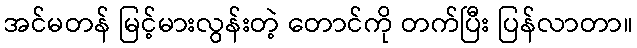
အင်မတန် မြင့်မားလွန်းတဲ့ တောင်ကို တက်ပြီး ပြန်လာတာ။